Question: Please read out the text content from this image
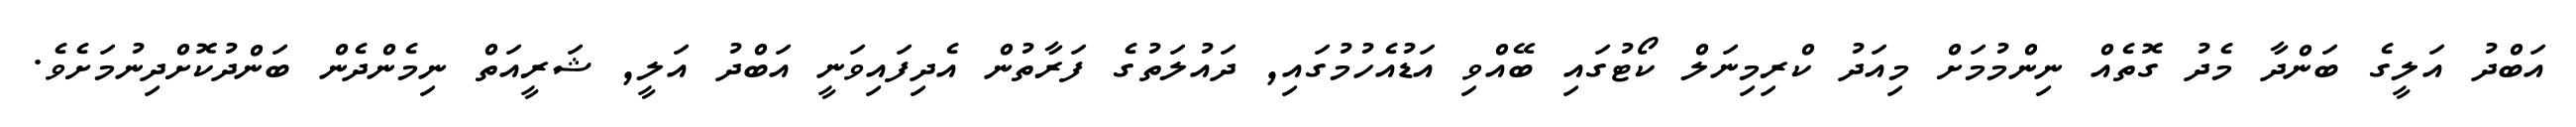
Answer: އަބްދު އަލީގެ ބަންދާ މެދު ގޮތެއް ނިންމުމަށް މިއަދު ކްރިމިނަލް ކޯޓުގައި ބޭއްވި އަޑުއެހުމުގައި, ދައުލަތުގެ ފަރާތުން އެދިފައިވަނީ އަބްދު އަލީ, ޝަރީއަތް ނިމެންދެން ބަންދުކޮށްދިނުމަށެވެ.